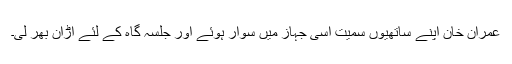
عمران خان اپنے ساتھیوں سمیت اسی جہاز میں سوار ہوئے اور جلسہ گاہ کے لئے اڑان بھر لی۔